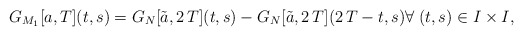
\begin{align*}G_{M_1}[a,T](t,s)= G_N[\tilde{a},2\,T](t,s)- G_N[\tilde{a},2\,T](2\,T-t,s) \forall \; (t,s)\in I\times I,\end{align*}